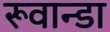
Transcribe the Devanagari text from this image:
रूवान्डा